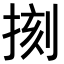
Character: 𢮰